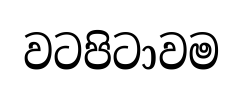
වටපිටාවම